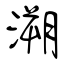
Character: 溯